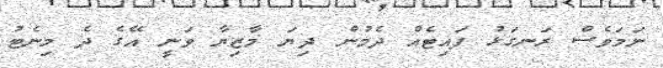
ނަމަވެސް ރަނގަޅު ފައިޓެއް ދެމުން ދިޔަ މާޒިޔާ ވަނީ އޭގެ ދެ މިނެޓު